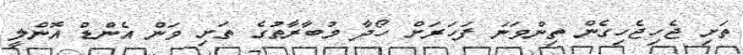
ތަށި ޖެހިޖެހިގެން ތިންވަނަ ފަހަރަށް ހޯދާ މުބާރާތުގެ ތަށި ވަން އެންޑް އޮންލީ